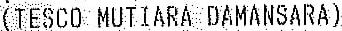
(TESCO MUTIARA DAMANSARA)